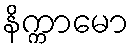
နိက္ကာမော